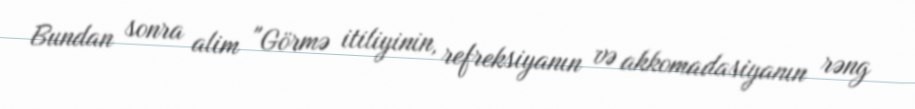
Bundan sonra alim "Görmə itiliyinin, refreksiyanın və akkomadasiyanın rəng